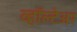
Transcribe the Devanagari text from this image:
व्हॉल्टेअर